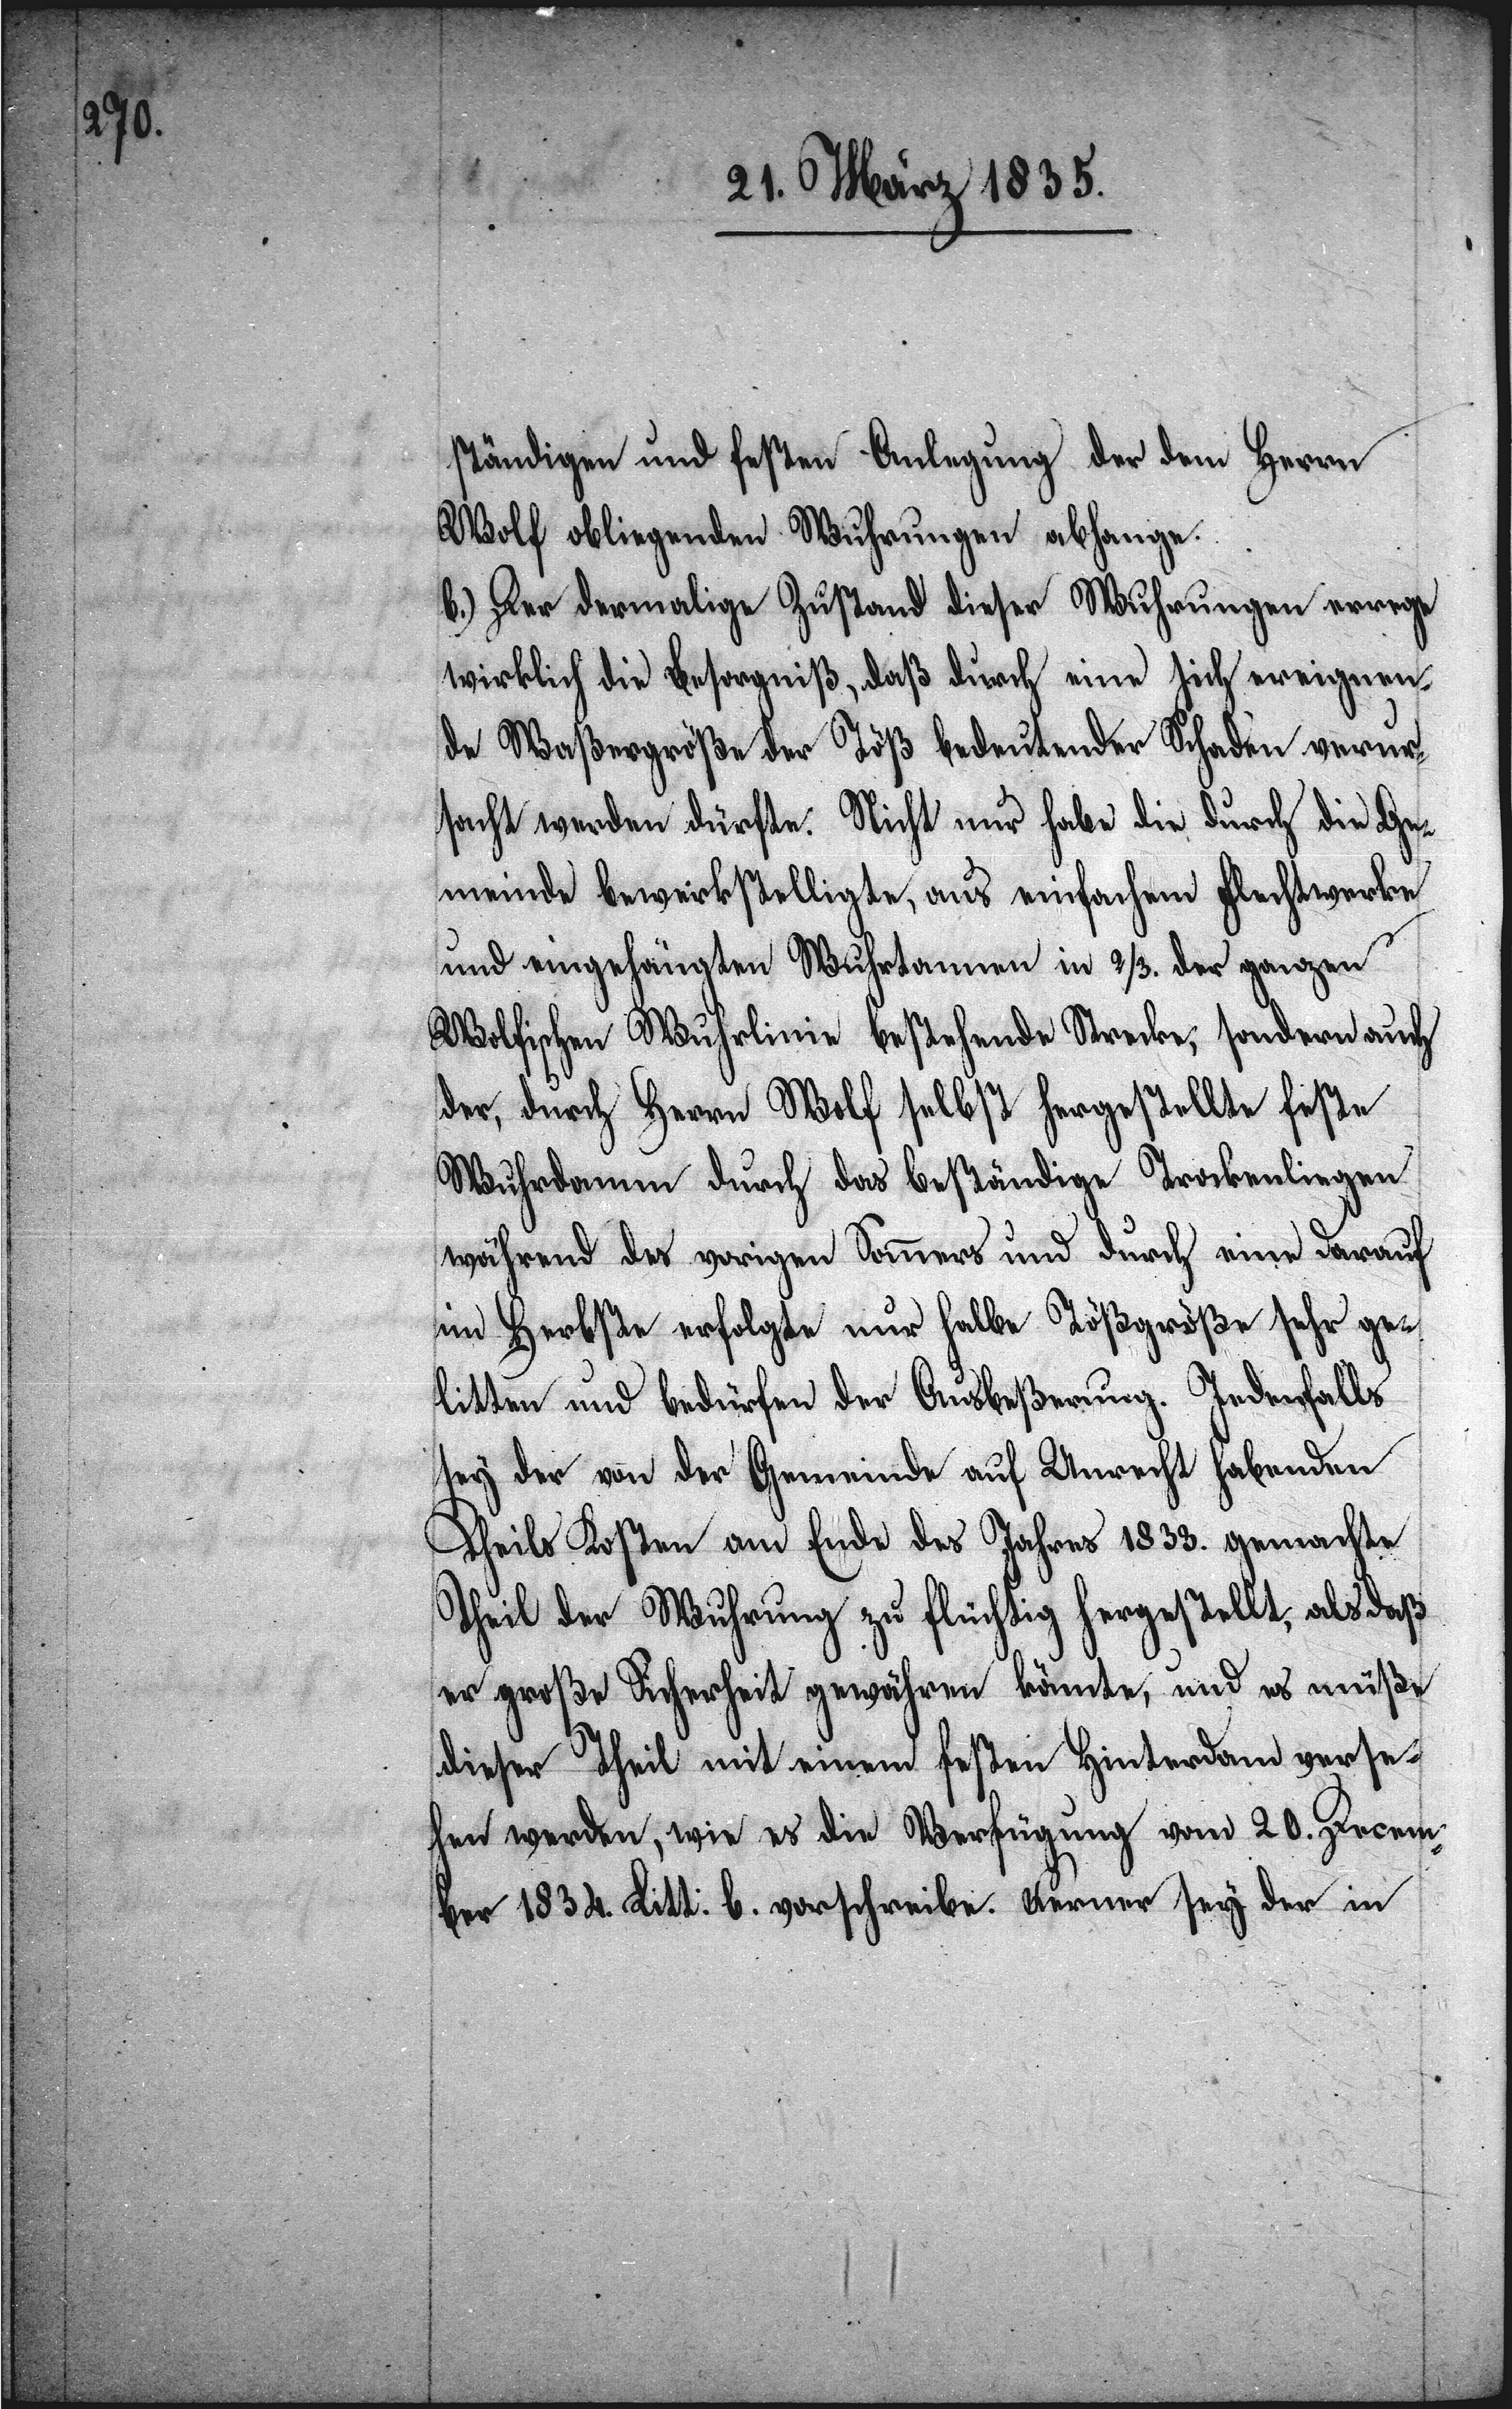
ständigen und festen Anlegung der dem Herrn
Wolf obliegenden Wuhrungen abhange.
b.) Der dermalige Zustand dieser Wuhrungen errege
wirklich die Besorgniß, daß durch eine sich ereignen¬
de Waßergröße der Töß bedeutender Schaden verur¬
sacht werden dürfte. Nicht nur habe die durch die Ge¬
meinde bewerkstelligte, aus einfachem Flechtwerke
und eingehängten Wuhrtannen in 2/3. der ganzen
Wolfischen Wuhrlinie bestehende Strecke, sondern auch
der, durch Herrn Wolf selbst hergestellte feste
Wuhrdamm durch das beständige Trockenliegen
während des vorigen Sommers und durch eine darauf
im Herbste erfolgte nur halbe Tößgröße sehr ge¬
litten und bedürfen der Ausbeßerung. Jedenfalls
sey der von der Gemeinde auf Unrecht habenden
Theils Kosten am Ende des Jahres 1833. gemachte
Theil der Wuhrung zu flüchtig hergestellt, als daß
er große Sicherheit gewähren könnte, und es müßte
dieser Theil mit einem festen Hinterdam verse¬
hen werden, wie es die Verfügung vom 20. Decem¬
ber 1834. Litt: b. vorschreibe. Ferner sey der in